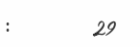
:        29